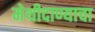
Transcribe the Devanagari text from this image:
मेथीदाण्याचा